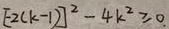
[ - 2 ( k - 1 ) ] ^ { 2 } - 4 k ^ { 2 } \geq 0 .